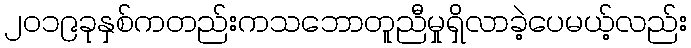
၂၀၁၉ခုနှစ်ကတည်းကသဘောတူညီမှုရှိလာခဲ့ပေမယ့်လည်း